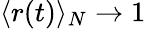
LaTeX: \langle r(t)\rangle_{N}\to 1